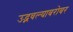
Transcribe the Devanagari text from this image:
उद्भवल्याबरोबर